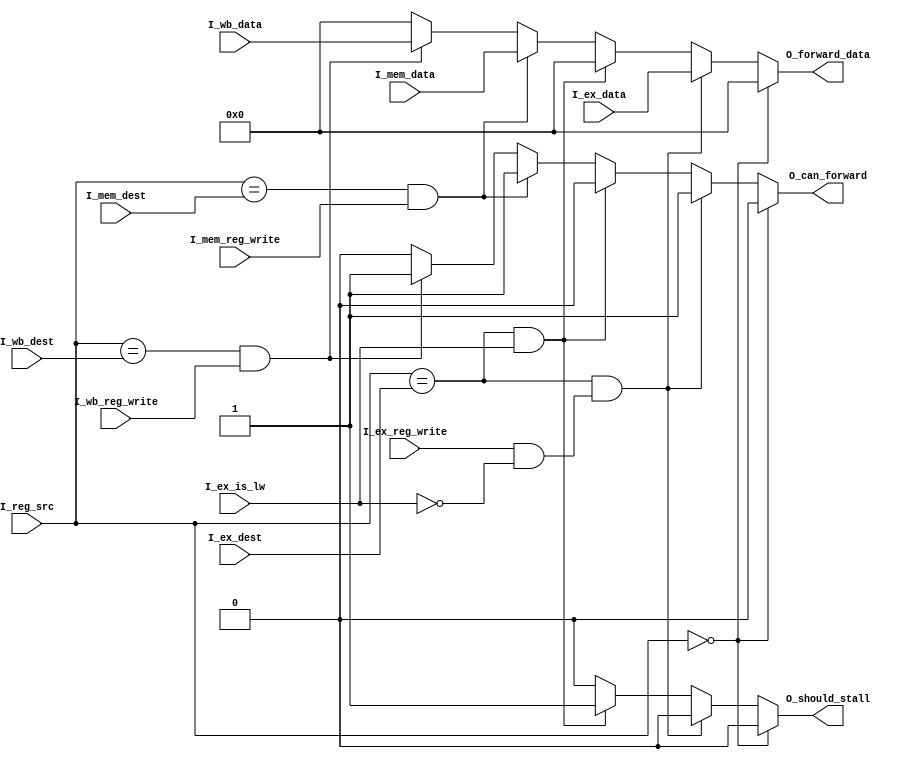
`timescale 1ns / 1ps

module forward(
    input I_ex_reg_write,
    input I_ex_is_lw, // memory load
    input [4:0] I_ex_dest,

    input I_mem_reg_write,
    input [4:0] I_mem_dest,

    input I_wb_reg_write,
    input [4:0] I_wb_dest,

    input [31:0] I_ex_data,
    input [31:0] I_mem_data,
    input [31:0] I_wb_data,

    input [4:0] I_reg_src,

    output reg O_can_forward,
    output reg O_should_stall,
    output reg [31:0] O_forward_data

);
    wire ex_reg_write_not_lw;
    assign ex_reg_write_not_lw = I_ex_reg_write & ~I_ex_is_lw;

    always @(*) begin
        if (I_reg_src == 0) begin
            O_forward_data = 0;
            O_can_forward = 0;
            O_should_stall = 0;
        end
        else if (I_reg_src == I_ex_dest && ex_reg_write_not_lw) begin
            O_forward_data = I_ex_data;
            O_can_forward = 1;
            O_should_stall = 0;
        end
        else if (I_reg_src == I_ex_dest && I_ex_is_lw) begin
            O_forward_data = 0;
            O_can_forward = 0;
            O_should_stall = 1;
        end
        else if (I_reg_src == I_mem_dest && I_mem_reg_write) begin
            O_forward_data = I_mem_data;
            O_can_forward = 1;
            O_should_stall = 0;
        end
        else if (I_reg_src == I_wb_dest && I_wb_reg_write) begin
            O_forward_data = I_wb_data;
            O_can_forward = 1;
            O_should_stall = 0;
        end
        else begin
            O_forward_data = 0;
            O_can_forward = 0;
            O_should_stall = 0;
        end
    end
endmodule